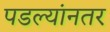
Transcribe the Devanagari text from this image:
पडल्यांनतर